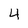
Character: 4